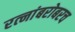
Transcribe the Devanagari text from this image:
रत्‍नांबरोबरच